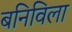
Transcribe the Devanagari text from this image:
बनिविला